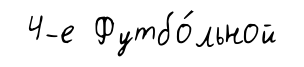
4-е Футбо́льной